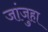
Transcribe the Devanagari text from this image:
जांजुहा